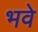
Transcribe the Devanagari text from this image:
भवे